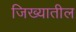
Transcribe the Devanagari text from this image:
जिख्यातील